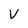
Character: V